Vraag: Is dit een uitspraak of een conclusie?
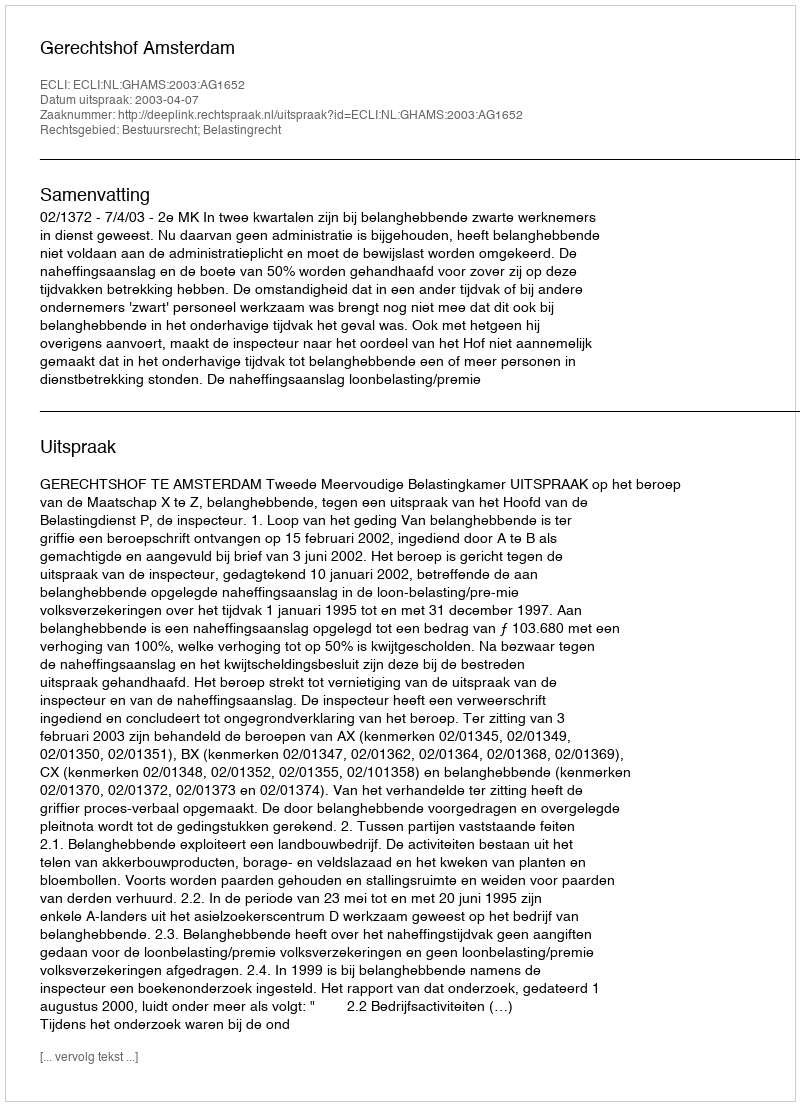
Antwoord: Uitspraak